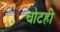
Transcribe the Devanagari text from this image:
चोटही